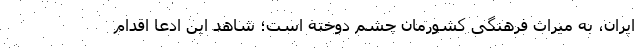
ایران، به میراث فرهنگی کشورمان چشم دوخته است؛ شاهد این ادعا اقدام